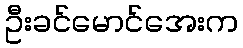
ဦးခင်မောင်အေးက